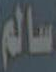
سالم